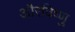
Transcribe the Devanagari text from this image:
औरविष्णु